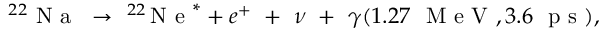
^ { 2 2 } \mathrm { ~ N ~ a ~ } ~ \to ~ ^ { 2 2 } \! \mathrm { ~ N ~ e ~ } ^ { * } + e ^ { + } ~ + ~ \nu ~ + ~ \gamma ( 1 . 2 7 ~ \mathrm { ~ M ~ e ~ V ~ } , 3 . 6 ~ \mathrm { ~ p ~ s ~ } ) ,